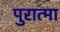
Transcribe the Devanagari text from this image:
पुरात्मा